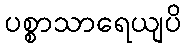
ပစ္စာသာရေယျပိ